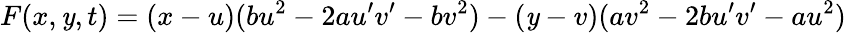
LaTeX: F(x,\mathit{y},t)=(x-u)(bu^{2}-2au^{\prime}v^{\prime}-bv^{2})-(\mathit{y}-v)(av^{2}-2bu^{\prime}v^{\prime}-au^{2})